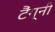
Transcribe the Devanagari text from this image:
टैंग्नी